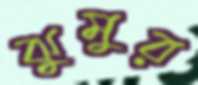
ঝুমুর